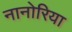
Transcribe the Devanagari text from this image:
नानोरिया